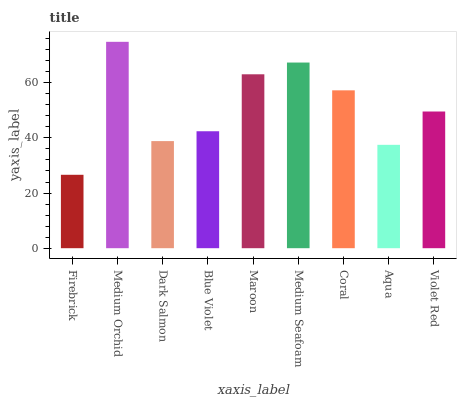
| xaxis_label | bars |
 | --- | --- |
 | Firebrick | 26.6 |
 | Medium Orchid | 74.8 |
 | Dark Salmon | 38.8 |
 | Blue Violet | 42.4 |
 | Maroon | 63.1 |
 | Medium Seafoam | 67.3 |
 | Coral | 57.2 |
 | Aqua | 37.5 |
 | Violet Red | 49.6 |